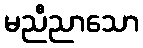
မညီညာသော